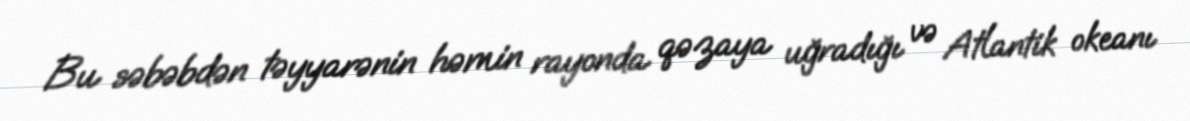
Bu səbəbdən təyyarənin həmin rayonda qəzaya uğradığı və Atlantik okeanı